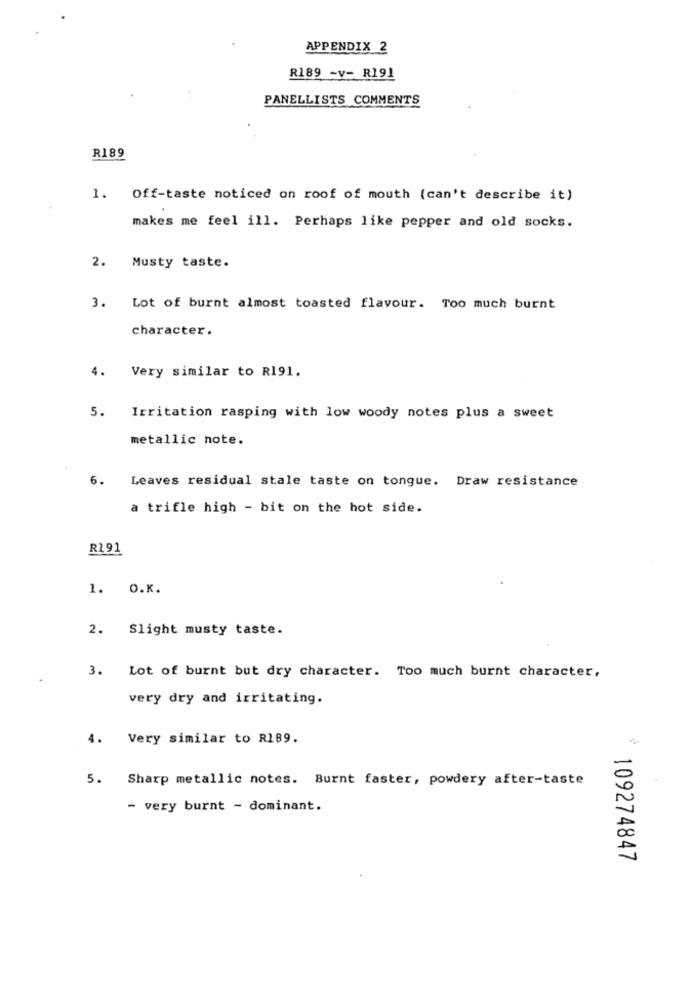
APPENDIX 2
R189 -v- R191
PANELLISTS COMMENTS
R189
1. Off-taste noticed on roof of mouth (can't describe it)
makes me feel ill. Perhaps like pepper and old socks.
2. Musty taste.
3. Lot of burnt almost toasted flavour. Too much burnt
character.
4.
Very similar to R191.
5. Irritation rasping with low woody notes plus a sweet
metallic note.
6. Leaves residual stale taste on tongue. Draw resistance
a trifle high - bit on the hot side.
R191
1. O.K.
2. Slight musty taste.
3.
Lot of burnt but dry character. Too much burnt character,
very dry and irritating.
4.
Very similar to R189.
5.
Sharp metallic notes. Burnt faster, powdery after-taste
- very burnt - dominant.
109274847